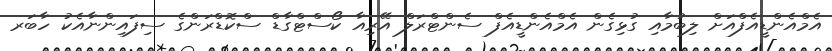
އެމްއެންޑީއެފްއަށް ލިބުމާއި ގުޅިގެން އެމްއެންޑީއެފް ސެންޓްރަލް އޭރިއާ ކޯސްޓްގާޑް ސްކޮޑްރަންގެ ސިފައިންނާއެކު ހާބަރ